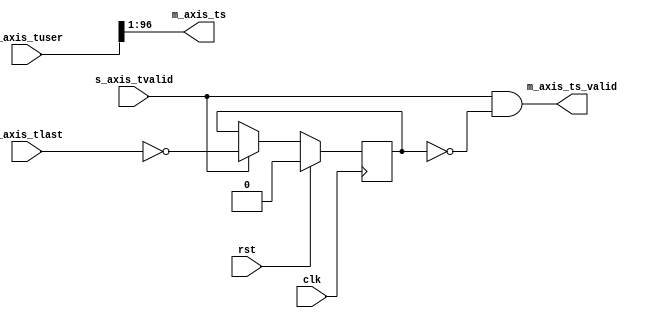
// This program was cloned from: https://github.com/alexforencich/verilog-ethernet
// License: MIT License

/*

Copyright (c) 2019 Alex Forencich

Permission is hereby granted, free of charge, to any person obtaining a copy
of this software and associated documentation files (the "Software"), to deal
in the Software without restriction, including without limitation the rights
to use, copy, modify, merge, publish, distribute, sublicense, and/or sell
copies of the Software, and to permit persons to whom the Software is
furnished to do so, subject to the following conditions:

The above copyright notice and this permission notice shall be included in
all copies or substantial portions of the Software.

THE SOFTWARE IS PROVIDED "AS IS", WITHOUT WARRANTY OF ANY KIND, EXPRESS OR
IMPLIED, INCLUDING BUT NOT LIMITED TO THE WARRANTIES OF MERCHANTABILITY
FITNESS FOR A PARTICULAR PURPOSE AND NONINFRINGEMENT. IN NO EVENT SHALL THE
AUTHORS OR COPYRIGHT HOLDERS BE LIABLE FOR ANY CLAIM, DAMAGES OR OTHER
LIABILITY, WHETHER IN AN ACTION OF CONTRACT, TORT OR OTHERWISE, ARISING FROM,
OUT OF OR IN CONNECTION WITH THE SOFTWARE OR THE USE OR OTHER DEALINGS IN
THE SOFTWARE.

*/

// Language: Verilog 2001

`resetall
`timescale 1ns / 1ps
`default_nettype none

/*
 * PTP timestamp extract module
 */
module ptp_ts_extract #
(
    parameter TS_WIDTH = 96,
    parameter TS_OFFSET = 1,
    parameter USER_WIDTH = TS_WIDTH+TS_OFFSET
)
(
    input  wire                   clk,
    input  wire                   rst,

    /*
     * AXI stream input
     */
    input  wire                   s_axis_tvalid,
    input  wire                   s_axis_tlast,
    input  wire [USER_WIDTH-1:0]  s_axis_tuser,

    /*
     * Timestamp output
     */
    output wire [TS_WIDTH-1:0]    m_axis_ts,
    output wire                   m_axis_ts_valid
);

reg frame_reg = 1'b0;

assign m_axis_ts = s_axis_tuser >> TS_OFFSET;
assign m_axis_ts_valid = s_axis_tvalid && !frame_reg;

always @(posedge clk) begin
    if (s_axis_tvalid) begin
        frame_reg <= !s_axis_tlast;
    end

    if (rst) begin
        frame_reg <= 1'b0;
    end
end

endmodule

`resetall